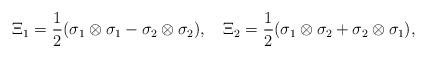
LaTeX: \begin{align*}\Xi_1=\frac{1}{2}(\sigma_1\otimes\sigma_1-\sigma_2\otimes\sigma_2),\quad\Xi_2=\frac{1}{2}(\sigma_1\otimes\sigma_2+\sigma_2\otimes\sigma_1),\end{align*}